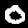
Digit: 0